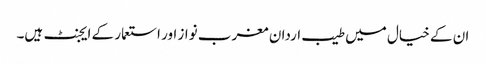
ان کے خیال میں طیب اردان مغرب نواز اور استعمار کے ایجنٹ ہیں۔